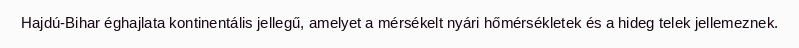
Hajdú-Bihar éghajlata kontinentális jellegű, amelyet a mérsékelt nyári hőmérsékletek és a hideg telek jellemeznek.